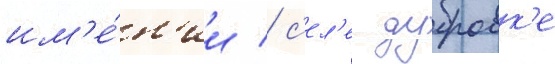
им'е́н'ии / с'ел'е дубровк'е